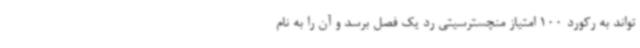
تواند به رکورد 100 امتیاز منچسترسیتی رد یک فصل برسد و آن را به نام